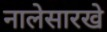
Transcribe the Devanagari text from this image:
नालेसारखे